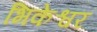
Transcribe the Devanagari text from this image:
भिकेश्वर